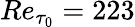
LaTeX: {Re}_{\tau_{0}}=223